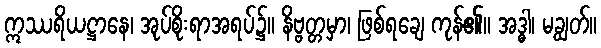
ဣဿရိယဋ္ဌာနေ၊ အုပ်စိုးရာအရပ်၌။ နိဗ္ဗတ္တမှာ၊ ဖြစ်ရချေ ကုန်၏။ အဒ္ဓါ၊ မချွတ်။